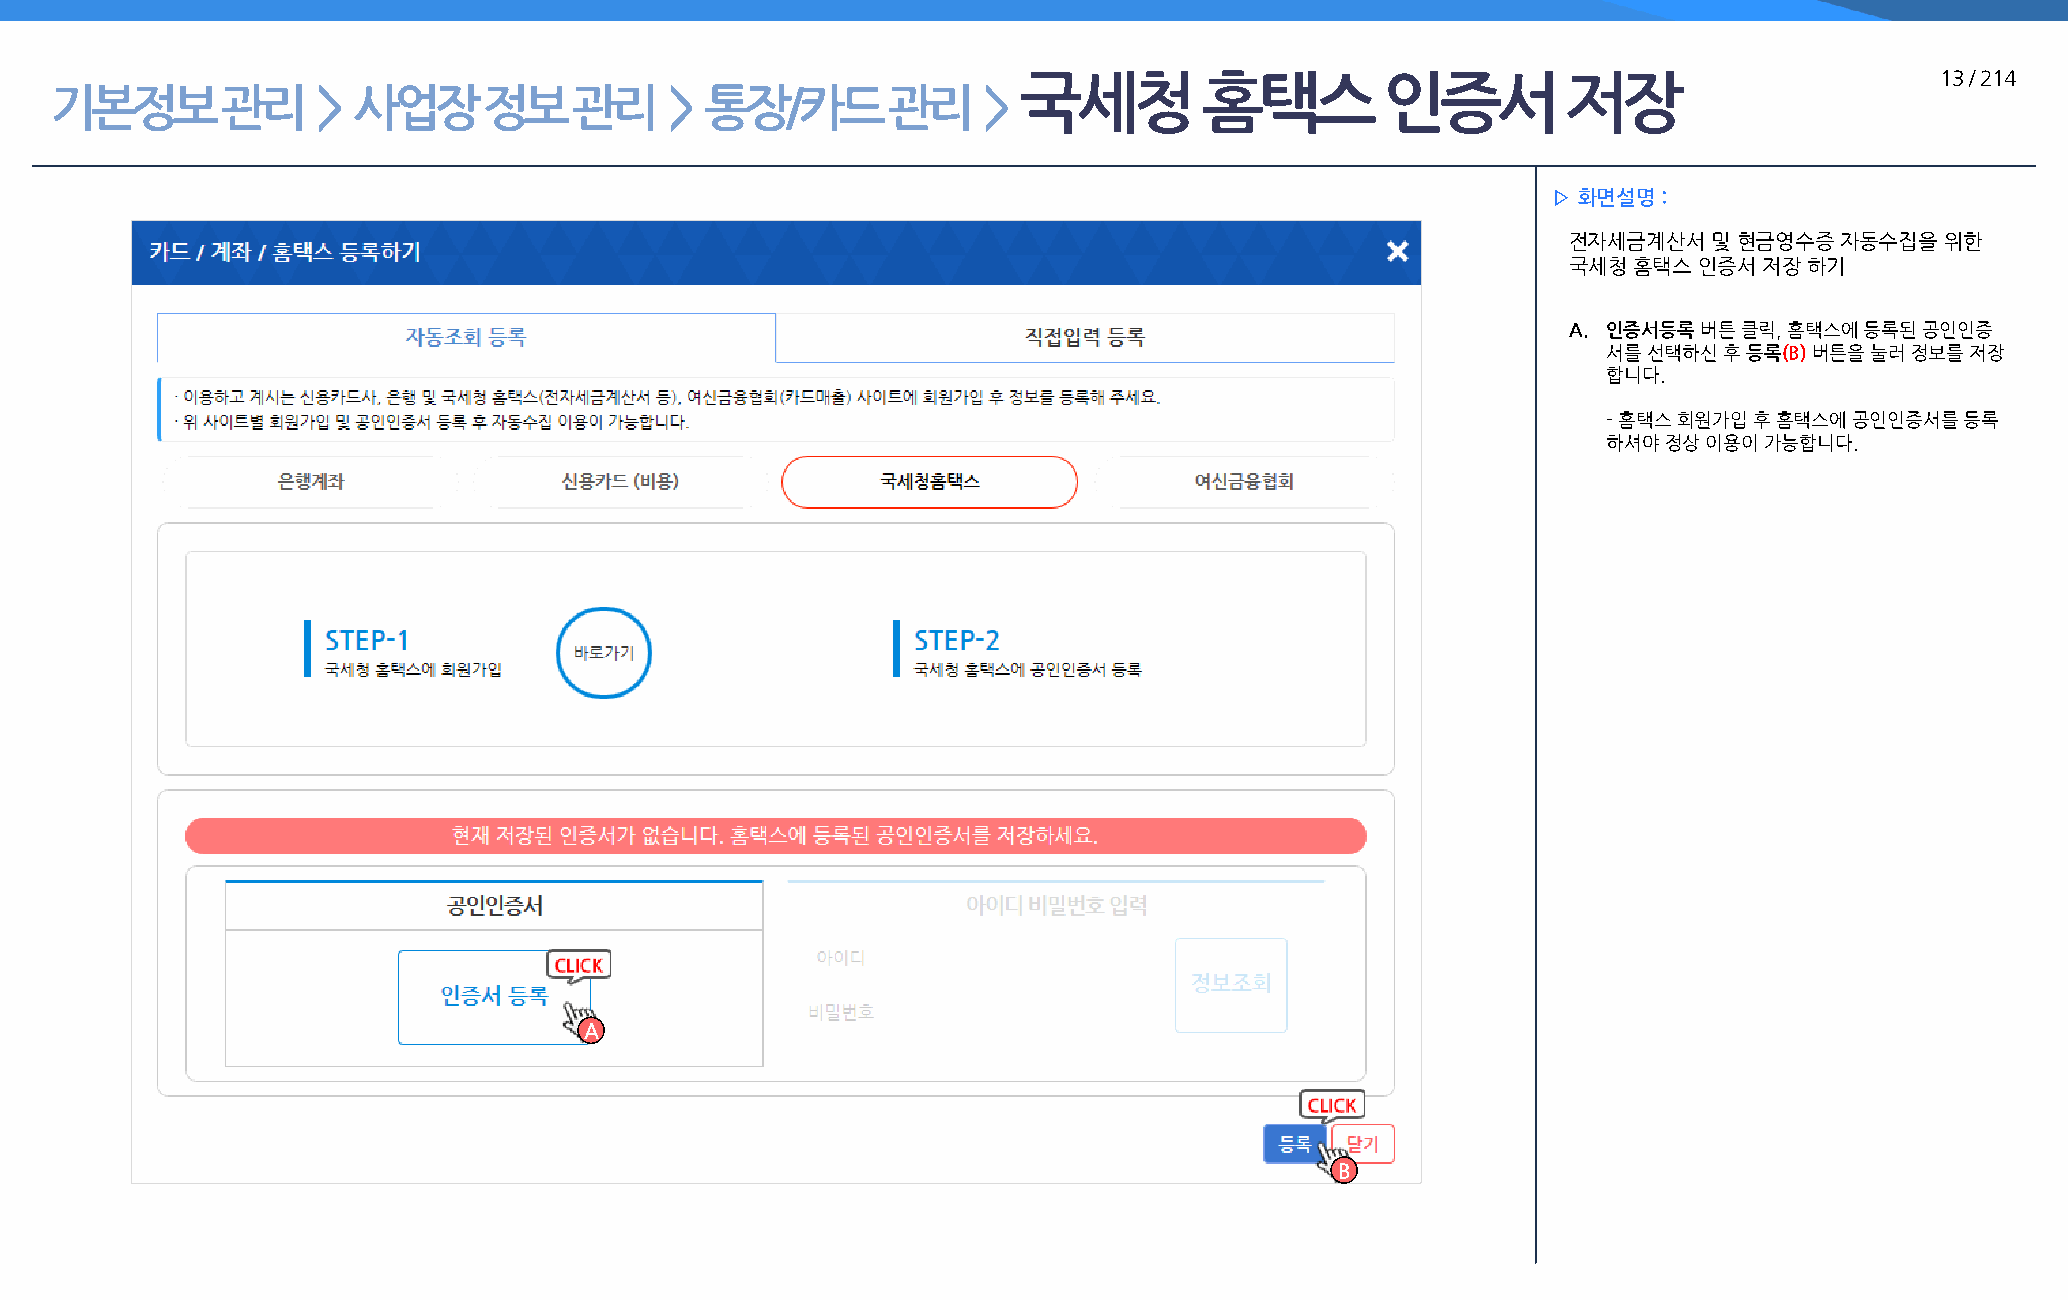
국세청         홈택스         인증서         저장                      13 / 214
 기본정보        관리    > 사업장      정보    관리    >  통장/카드       관리    >
 ▷ 화면설명 :
 전자세금계산서  및 현금영수증  자동수집을  위한
 국세청 홈택스 인증서  저장 하기
 A. 인증서등록 버튼 클릭, 홈택스에 등록된 공인인증
 서를 선택하신 후 등록(B) 버튼을 눌러 정보를 저장
 합니다.
 - 홈택스 회원가입 후 홈택스에 공인인증서를 등록
 하셔야 정상 이용이 가능합니다.
 A
 B